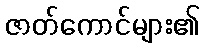
ဇာတ်ကောင်များ၏